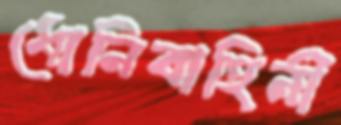
ধোনিবাহিনী